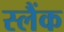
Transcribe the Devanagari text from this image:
स्लैंक